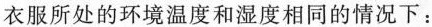
衣服所处的环境温度和湿度相同的情况下：